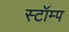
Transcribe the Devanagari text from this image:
स्टॉम्प